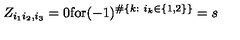
Z _ { i _ { 1 } i _ { 2 } , i _ { 3 } } = 0 \mathrm { f o r } ( - 1 ) ^ { \# \{ k : \ i _ { k } \in \{ 1 , 2 \} \} } = s